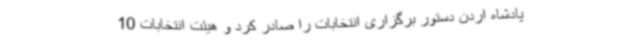
پادشاه اردن دستور برگزاری انتخابات را صادر کرد و هیئت انتخابات 10